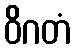
ဝိဂတံ